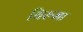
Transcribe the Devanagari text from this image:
थिरुमा